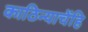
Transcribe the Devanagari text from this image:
काठिन्याचेंहि